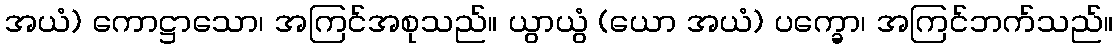
အယံ) ကောဋ္ဌာသော၊ အကြင်အစုသည်။ ယွာယွံ (ယော အယံ) ပက္ခော၊ အကြင်ဘက်သည်။